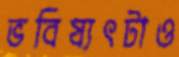
ভবিষ্যৎটাও